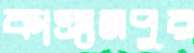
কাঞ্চনপুর